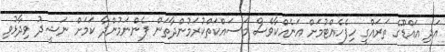
އަދި އައްޑޫގެ ތަރައްގީ ހިފެހެއްޓުމަށް އަނެއްކާވެސް މަސައްކަތްކުރަމުންދާތަން ފެންނަމުންދާ ކަމަށް ނަޝީދު ވިދާޅުވި